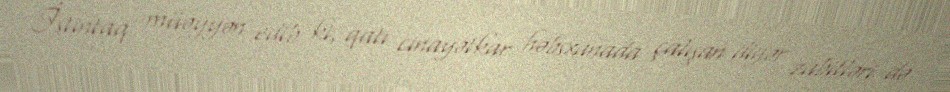
İstintaq müəyyən edib ki, qatı cinayətkar həbsxanada çalışan digər zabitləri də